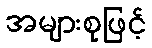
အများစုဖြင့်